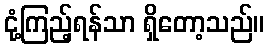
ငုံ့ကြည့်ရန်သာ ရှိတော့သည်။